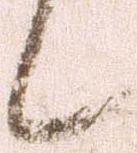
候